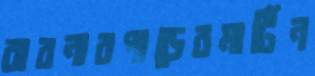
ঝরনারপাড়েরমার্টিন